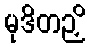
မုဒိတဉှိ